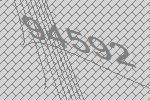
94592